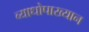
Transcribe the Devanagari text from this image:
व्याधोपाख्यान